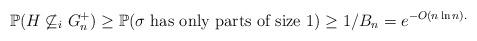
LaTeX: \begin{align*}\mathbb{P}(H \not \subseteq_i G_n^+) \geq\mathbb{P}(\sigma \mbox{ has only parts of size }1)\geq 1/B_n = e^{- O(n \ln n).}\end{align*}